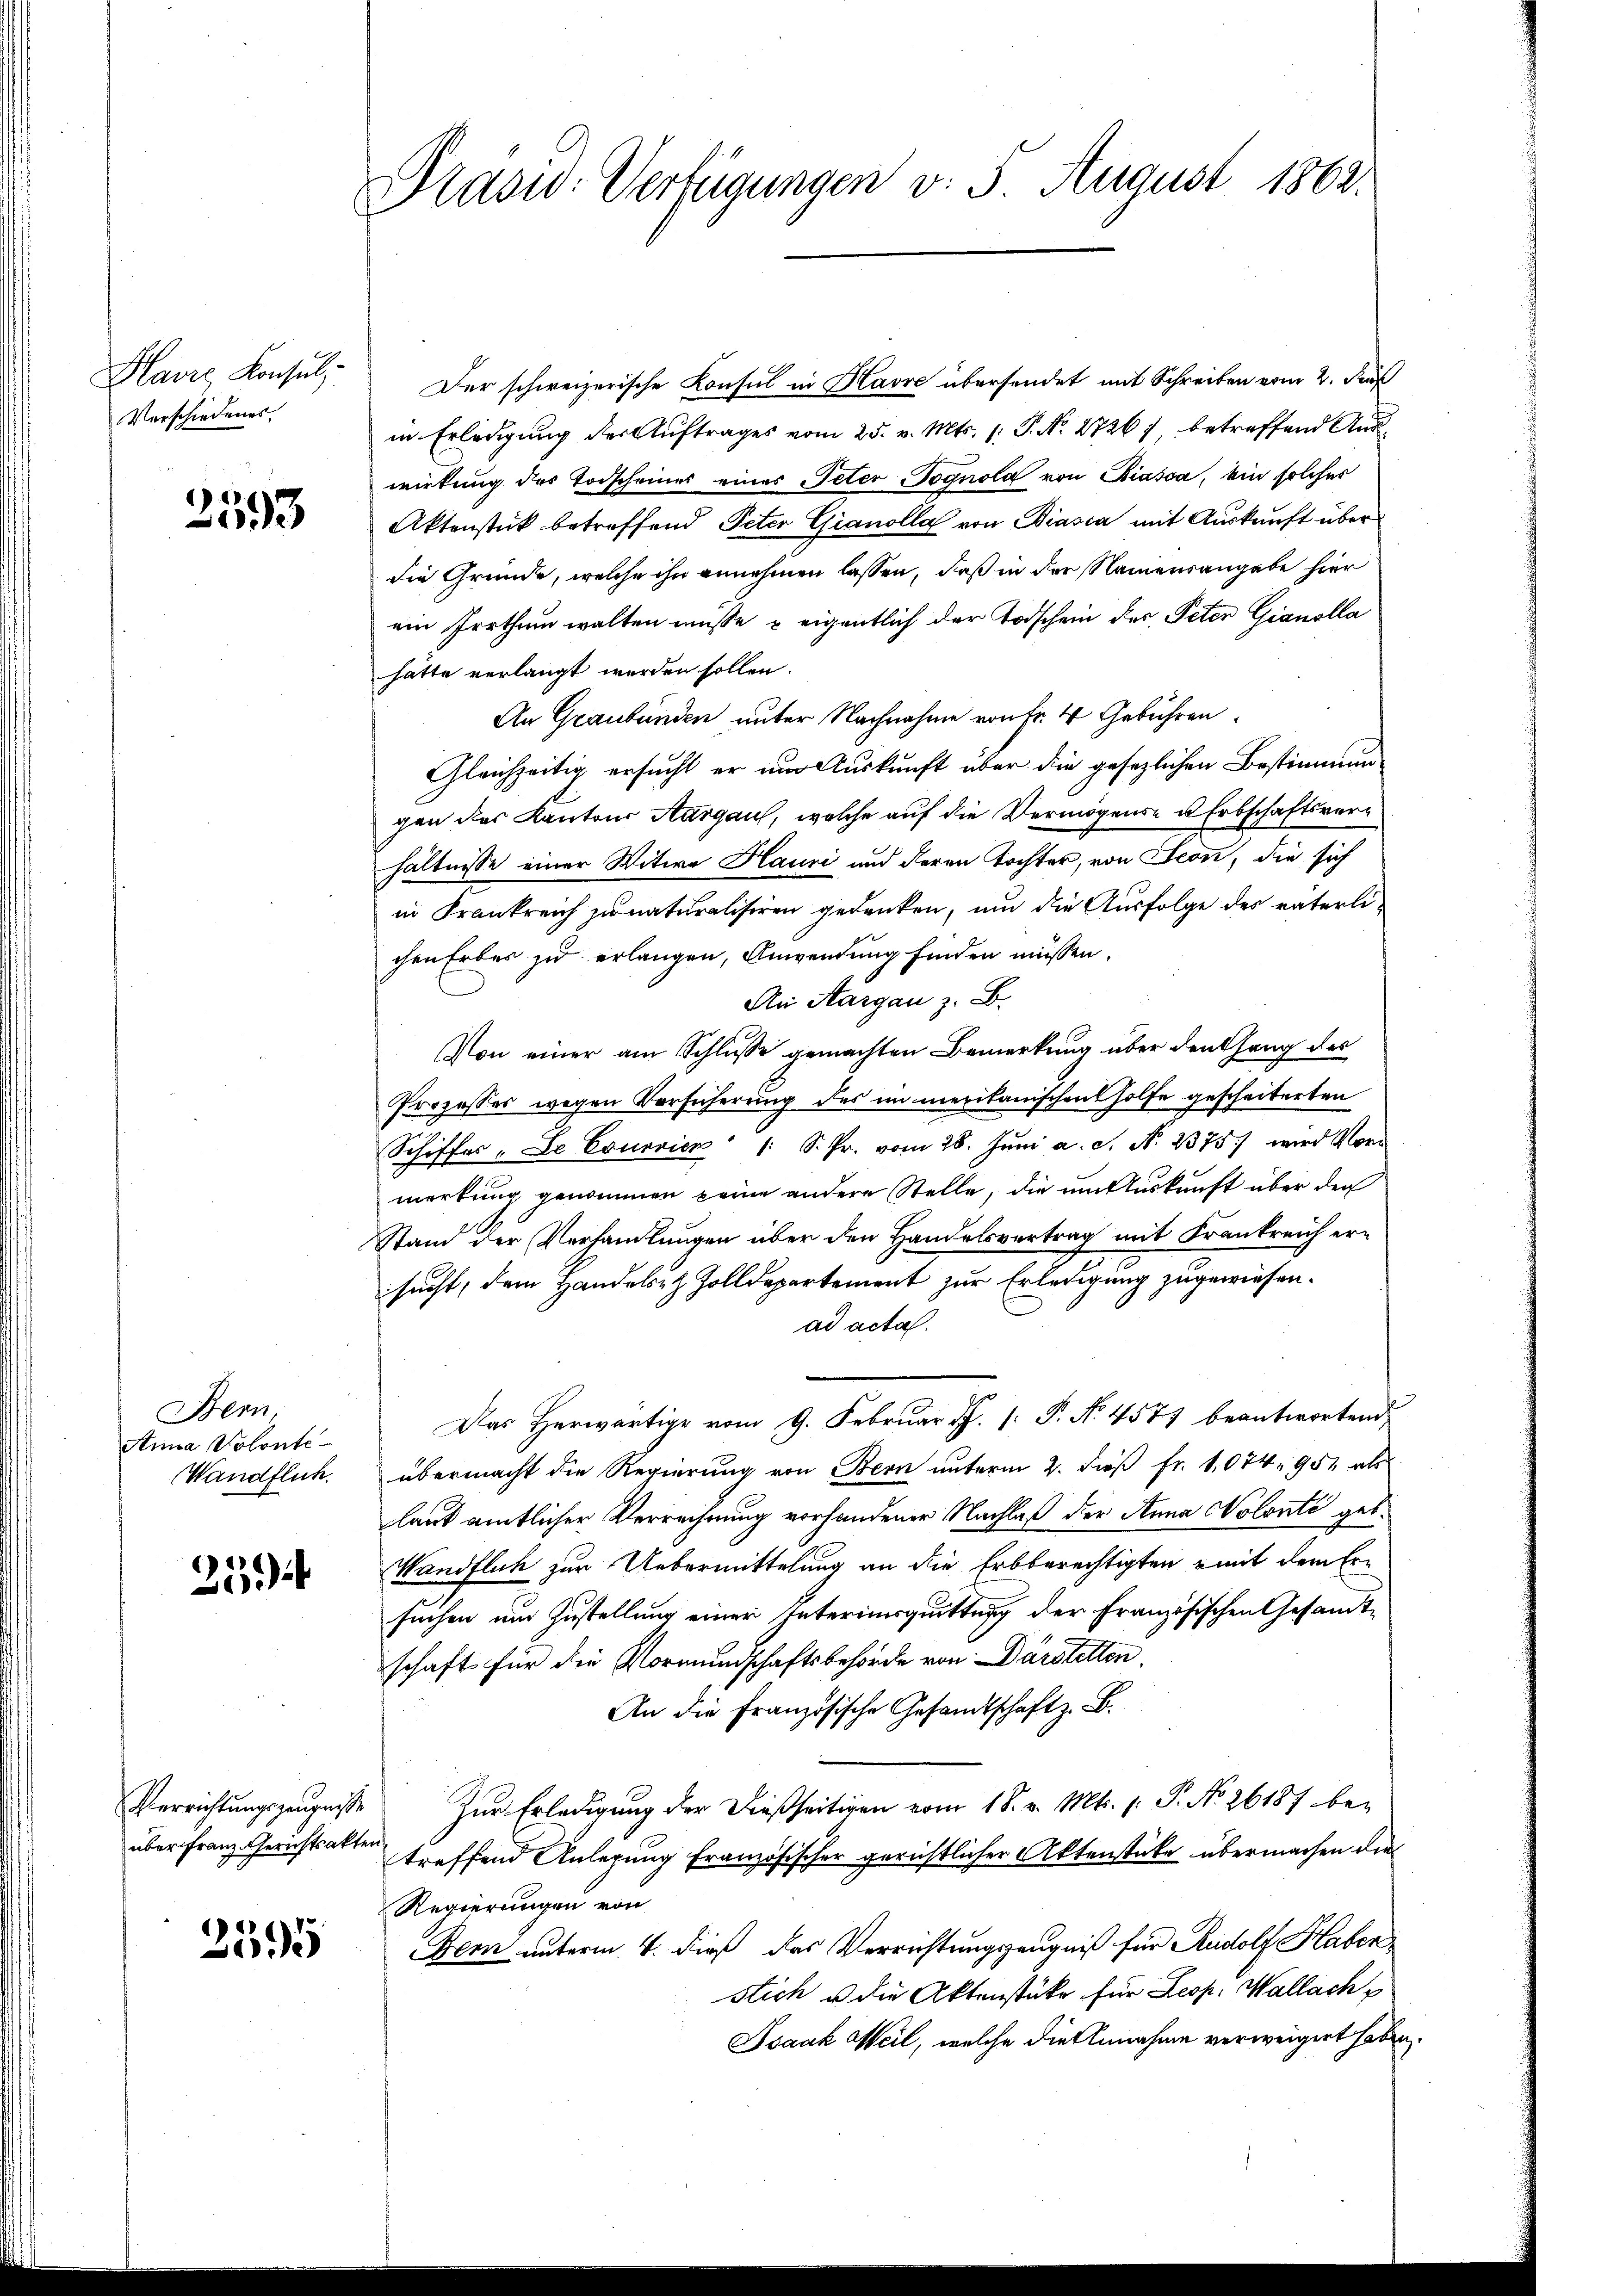
Havre Konsul
Verschiedenes

2593

Bern
Annia Volonte
Wandflich.

27

2595

Präsid. Verfügungen v. 5 August 1862.

Der schweizerische Konsul in Havre übersendet mit Schreiben vom 2. Deut
in Erledigung der Auftrages vom 25. v. Mts. 1. P. Nr. 27267, betreffend Aus
wirkung des Vorscheines eines Peterognola von Biasca, ein solches
Aktenstük betreffend Peter Gianolla von Biasca mit Auskunft über
die Gründe, welche ihn annehmen lassen, daß in der Namensangabe hier
ein Irrthum walten müsse, u eigentlich der Todschein des Peter Gianolla
hätte verlangt werden sollen.
An Graubünden unter Nachnahme von Fr. 4 Gebühren
Gleichzeitig ersucht er um Auskunft über die gesezlichen Bestimmung
gen des Kantons Aargau, welche auf die Vermögense u Erbschaftsverhältnisse einer Witwe Hauri und deren Tochter, von Seon, die sich
in Krankreich zunaturalisiren gedenken, um die Ausfolge des väterlichen Erbes zu erlangen, Anwendung finden müssen.
An Aargau z. B.
Von einer am Schlusse gemachten Bemerkung über den Gang des
Prozesses wegen Vorsicherung des immerikanischen holfe gescheiterten
Schiffes-Le Conorien 1 S. Pr. vom 28. Jŭni a. c. N. 2375. wird Vor
merkung genommen keine andere Stelle, die um Auskunft über der
Stand der Verhandlungen über den Handelsvertrag mit Frankreich ersucht, dem Handelst Zolldepartement zur Erledigung zugewiesen.
ad acta.
Das Herwärtige vom 9. Februar J. P. Nr. 4577 beantwortend
übermacht die Regierung von Bern unterm 2. dieß fr. 1,074, 951 als
laut amtlicher Verrechnung vorhandener Nachlaß der Anna Nolonté geb.
Wandflich zur Uebermittelung an die Erbberechtigten mit dem Ersuchen um Zustellung einer Interiusquittung der Französischen Gesandtschaft für die Vormundschaftsbehörde von Darstetten.
An die Französische Gesandtschaft z. B.
Verrichtungszeugnisse Zur Erledigung der dießseitigen vom 18. v. Mts. 1. P. No. 26187 be-
über Franz Gerichtsakter treffend Anlegung französischer gerichtlicher Aktenstüke übermachen die
Regierungen von
Bem unterm 4. dieß das Verrichtungszeugniß für Rudolf Haben,
stich u die Aktenstüke für Leop. Wallach
Isaak Meil, welche die Annahme verweigert haben.